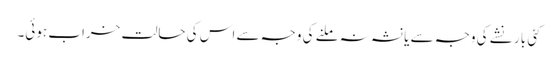
کئی بار نشے کی وجہ سے یا نشہ نہ ملنے کی وجہ سے اس کی حالت خراب ہوئی۔